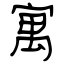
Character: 寓